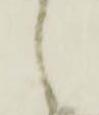
之